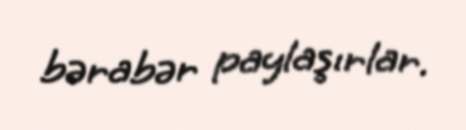
bərabər paylaşırlar.